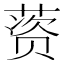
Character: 𰱱